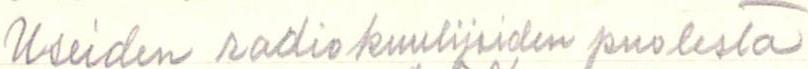
Useiden radiokuuntelijoiden puolesta